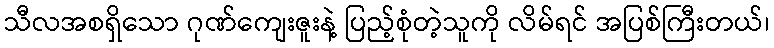
သီလအစရှိသော ဂုဏ်ကျေးဇူးနဲ့ ပြည့်စုံတဲ့သူကို လိမ်ရင် အပြစ်ကြီးတယ်၊